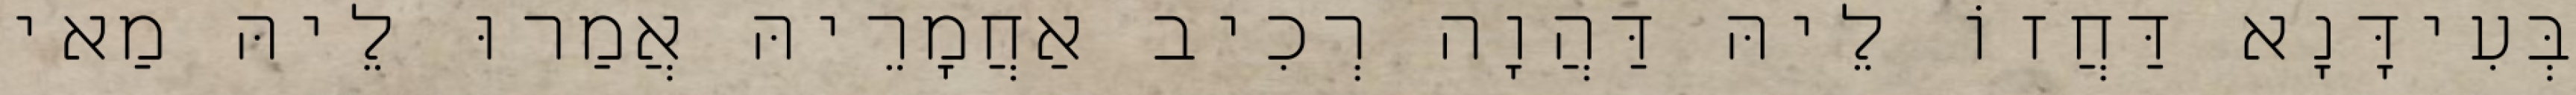
בְּעִידָּנָא דַּחֲזוֹ לֵיהּ דַּהֲוָה רְכִיב אַחֲמָרֵיהּ אֲמַרוּ לֵיהּ מַאי